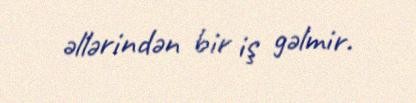
əllərindən bir iş gəlmir.